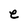
Character: e